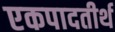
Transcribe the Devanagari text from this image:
एकपादतीर्थ